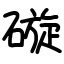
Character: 䃠